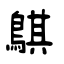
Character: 鶀